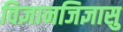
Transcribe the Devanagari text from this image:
विज्ञानजिज्ञासु